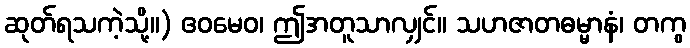
ဆုတ်ရသကဲ့သို့။) ဧဝမေဝ၊ ဤအတူသာလျှင်။ သဟဇာတဓမ္မာနံ၊ တကွ